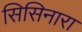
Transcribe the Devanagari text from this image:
सिसिनारा